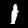
Label: 1